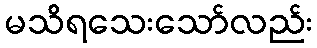
မသိရသေးသော်လည်း